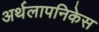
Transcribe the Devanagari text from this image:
अर्थलापनिकेस